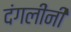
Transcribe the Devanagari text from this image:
दंगलींनी